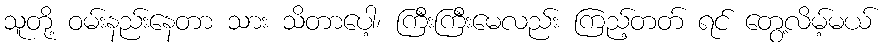
သူတို့ ဝမ်းနည်းနေတာ သား သိတာပေါ့၊ ကြီးကြီးမေလည်း ကြည့်တတ် ရင် တွေ့လိမ့်မယ်